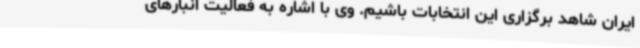
ایران شاهد برگزاری این انتخابات باشیم. وی با اشاره به فعالیت انبارهای